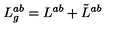
L _ { g } ^ { a b } = L ^ { a b } + \tilde { L } ^ { a b }